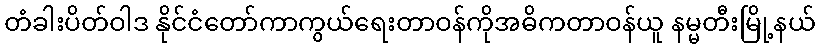
တံခါးပိတ်ဝါဒ နိုင်ငံတော်ကာကွယ်ရေးတာဝန်ကိုအဓိကတာဝန်ယူ နမ္မတီးမြို့နယ်